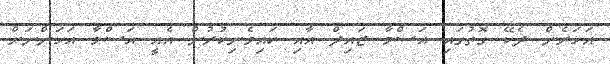
އަހަރެން ދެކޭ ގޮތުގައި އަސްމާ ޒައިދް އާއި ކައިވެނިކުރުން އެއީ އަސްމާ އަހަންނަށް